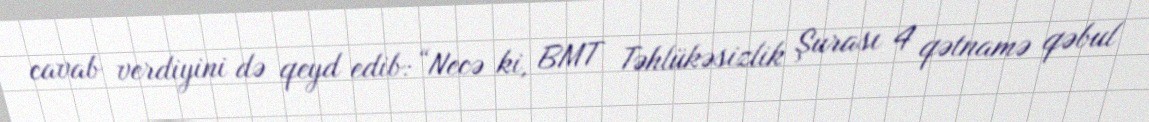
cavab verdiyini də qeyd edib: “Necə ki, BMT Təhlükəsizlik Şurası 4 qətnamə qəbul